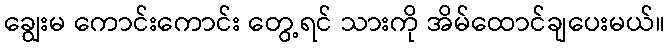
ချွေးမ ကောင်းကောင်း တွေ့ရင် သားကို အိမ်ထောင်ချပေးမယ်။